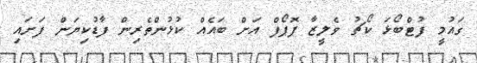
ގައުމީ ފުޓްބޯޅަ ކޯޗު ވެލީޒާ ޕޮޕޯފް އަށް ބައެއް ކުޅުންތެރިން ފާޑުކިޔަން ފަށައި